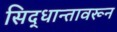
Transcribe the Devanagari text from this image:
सिद्धान्तावरून